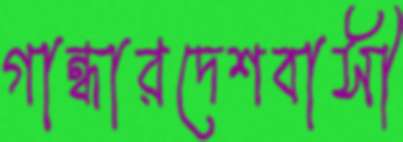
গান্ধারদেশবাসী